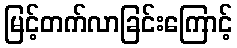
မြင့်တက်လာခြင်းကြောင့်